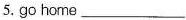
5.go home ___